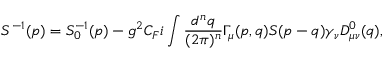
S ^ { - 1 } ( p ) = S _ { 0 } ^ { - 1 } ( p ) - g ^ { 2 } C _ { F } i \int { \frac { d ^ { n } q } { ( 2 \pi ) ^ { n } } } \Gamma _ { \mu } ( p , q ) S ( p - q ) \gamma _ { \nu } D _ { \mu \nu } ^ { 0 } ( q ) ,